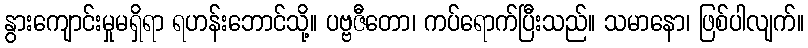
နွားကျောင်းမှုမရှိရာ ရဟန်းဘောင်သို့။ ပဗ္ဗဇီတော၊ ကပ်ရောက်ပြီးသည်။ သမာနော၊ ဖြစ်ပါလျက်။